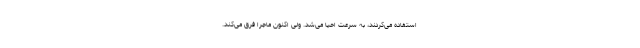
استفاده می‌کردند، به سرعت احیا می‌شد. ولی اکنون ماجرا فرق می‌کند.